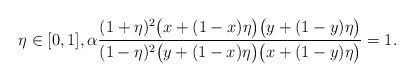
\begin{align*}\eta\in[0,1],\alpha\frac{(1+\eta)^2\big(x+(1-x)\eta\big)\big(y+(1-y)\eta\big)}{(1-\eta)^2\big(y+(1-x)\eta\big)\big(x+(1-y)\eta\big)}=1.\end{align*}